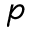
p